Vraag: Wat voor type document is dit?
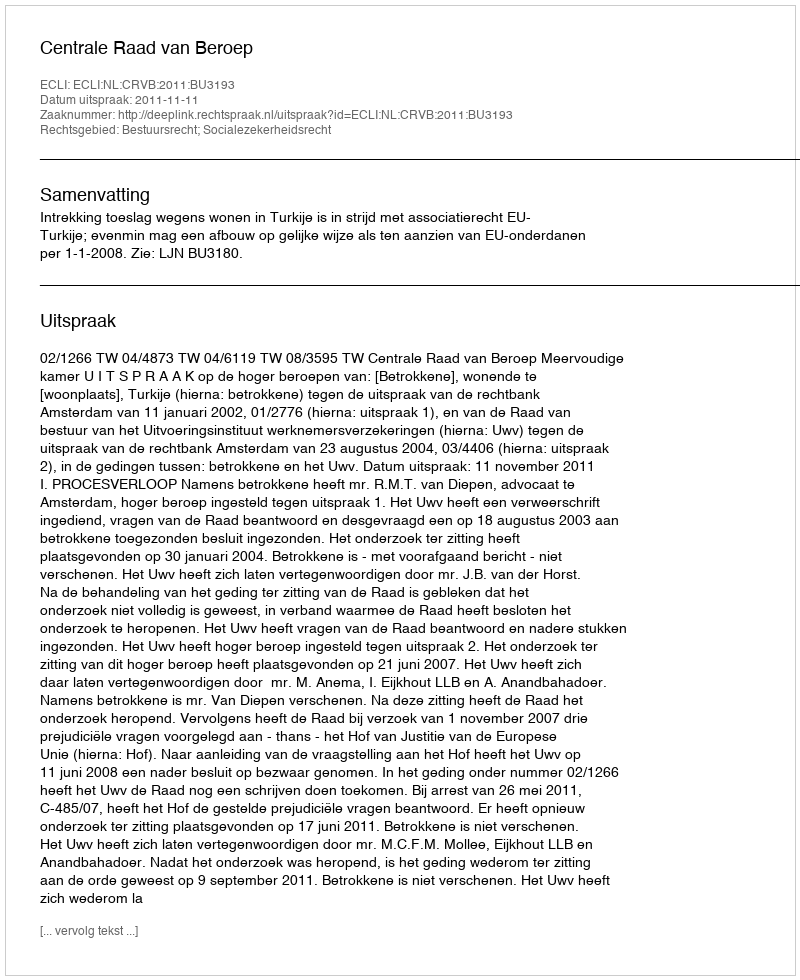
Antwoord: Uitspraak